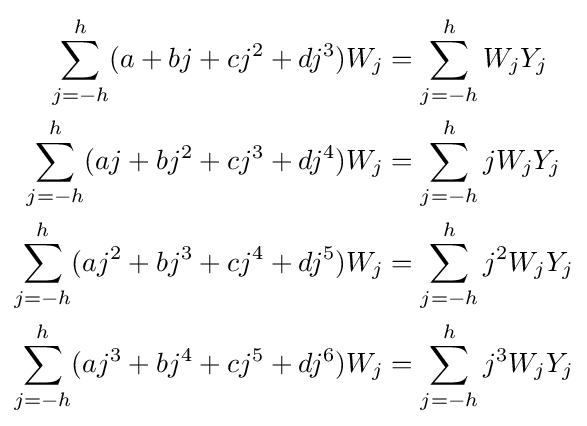
{\begin{aligned}\sum _{j=-h}^{h}(a+bj+cj^{2}+dj^{3})W_{j}&=\sum _{j=-h}^{h}W_{j}Y_{j}\\\sum _{j=-h}^{h}(aj+bj^{2}+cj^{3}+dj^{4})W_{j}&=\sum _{j=-h}^{h}jW_{j}Y_{j}\\\sum _{j=-h}^{h}(aj^{2}+bj^{3}+cj^{4}+dj^{5})W_{j}&=\sum _{j=-h}^{h}j^{2}W_{j}Y_{j}\\\sum _{j=-h}^{h}(aj^{3}+bj^{4}+cj^{5}+dj^{6})W_{j}&=\sum _{j=-h}^{h}j^{3}W_{j}Y_{j}\end{aligned}}